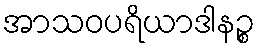
အာသဝပရိယာဒါနဉ္စ